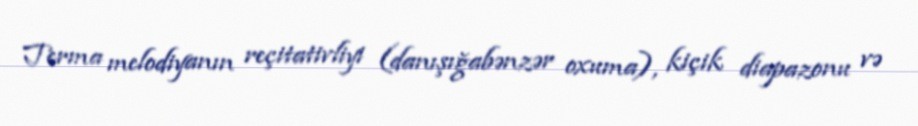
Terma melodiyanın reçitativliyi (danışığabənzər oxuma), kiçik diapazonu və